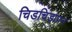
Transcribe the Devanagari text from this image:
चिडचिड़ापन